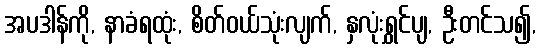
အပဒါန်ကို, နာခံရထုံး, စိတ်ဝယ်သုံးလျက်, နှလုံးရွှင်ပျ, ဦးတင်သ၍,